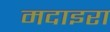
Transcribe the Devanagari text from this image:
मदाइरा